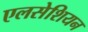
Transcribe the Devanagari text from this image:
एलसेशियन